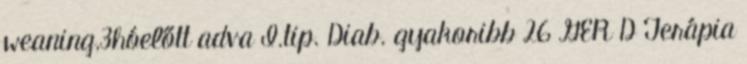
weaning,3hóelőtt adva I.tip. Diab. gyakoribb 26 GER D Terápia